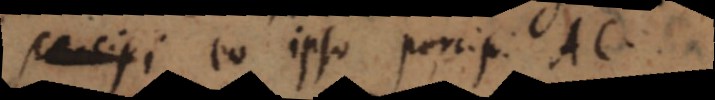
percipi eo ipso percipi AC.